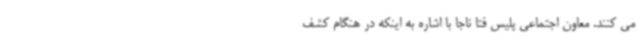
می کنند. معاون اجتماعی پلیس فتا ناجا با اشاره به اینکه در هنگام کشف